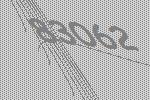
83062